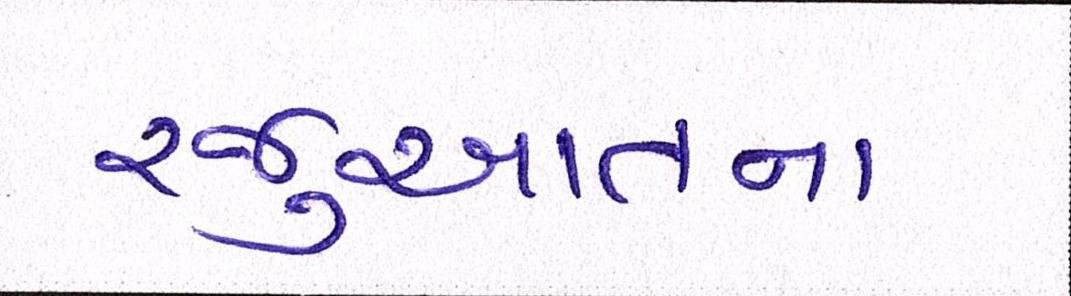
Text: રજુઆતના